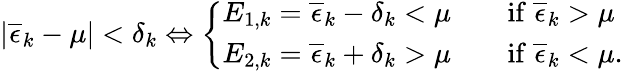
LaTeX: \left|\overline{{\epsilon}}_{k}-\mu\right|<\delta_{k}\Leftrightarrow\left\{ \begin{array}{ll}{E_{1,k}=\overline{{\epsilon}}_{k}-\delta_{k}<\mu\qquad\mathrm{if~}\overline{{\epsilon}}_{k}>\mu}\\ {E_{2,k}=\overline{{\epsilon}}_{k}+\delta_{k}>\mu\qquad\mathrm{if~}\overline{{\epsilon}}_{k}<\mu.}\end{array}\right.